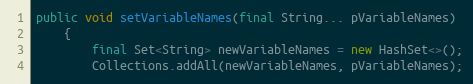
Language: Java
public void setVariableNames(final String... pVariableNames)
    {
        final Set<String> newVariableNames = new HashSet<>();
        Collections.addAll(newVariableNames, pVariableNames);